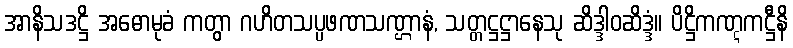
အာနိသဒဋ္ဌိ အဓောမုခံ ကတွာ ဂဟိတသပ္ပဖဏသဏ္ဌာနံ, သတ္တဋ္ဌဋ္ဌာနေသု ဆိဒ္ဒါဝဆိဒ္ဒံ။ ပိဋ္ဌိကဏ္ဋကဋ္ဌီနိ